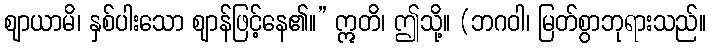
ဈာယာမိ၊ နှစ်ပါးသော ဈာန်ဖြင့်နေ၏။” ဣတိ၊ ဤသို့။ (ဘဂဝါ၊ မြတ်စွာဘုရားသည်။